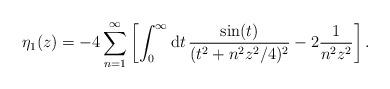
LaTeX: \begin{align*}\eta_{1} (z)=- 4 \sum_{n=1}^\infty \left[\int_0^\infty {\mathrm{d}} t \, {\sin(t)\over (t^2+n^2 z^2/4)^2} - 2 {1\over n^2 z^2} \right].\end{align*}